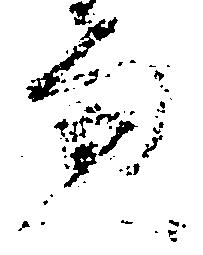
兼